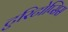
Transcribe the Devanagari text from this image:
टुरिटोप्सिस